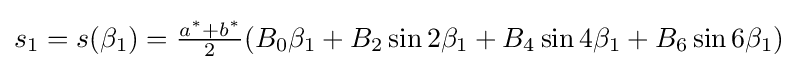
{\textstyle s_{1}=s(\beta _{1})={\frac {a^{*}+b^{*}}{2}}(B_{0}\beta _{1}+B_{2}\sin 2\beta _{1}+B_{4}\sin 4\beta _{1}+B_{6}\sin 6\beta _{1})}